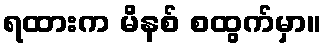
ရထားက မိနစ် စထွက်မှာ။